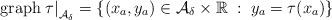
LaTeX: \begin{align*} \mbox{\rm graph} \left. \tau \right |_{{\cal A}_\delta} = \{ (x_a, y_a) \in {\cal A}_ \delta \times \mathbb{R} \; : \; y_a = \tau(x_a)\}\end{align*}